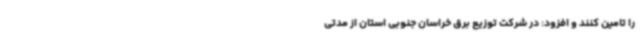
را تامین کنند و افزود: در شرکت توزیع برق خراسان جنوبی استان از مدتی